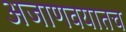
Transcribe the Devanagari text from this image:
अजाणवयातच